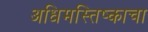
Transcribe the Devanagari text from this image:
अधिमस्तिष्काचा